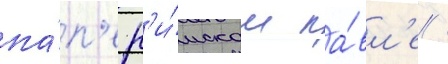
па́п'е р'и́мском па́вл'е /